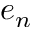
e _ { n }